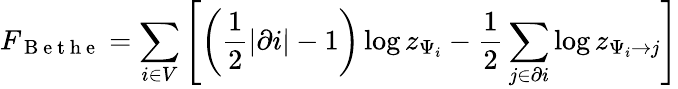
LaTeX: F_{\mathrm{~B~e~t~h~e~}}=\sum_{i\in V}\left[\left(\frac{1}{2}|\partial i|-1\right)\log z_{\Psi_{i}}-\frac{1}{2}\sum_{j\in\partial i}\log z_{\Psi_{i}\to j}\right]